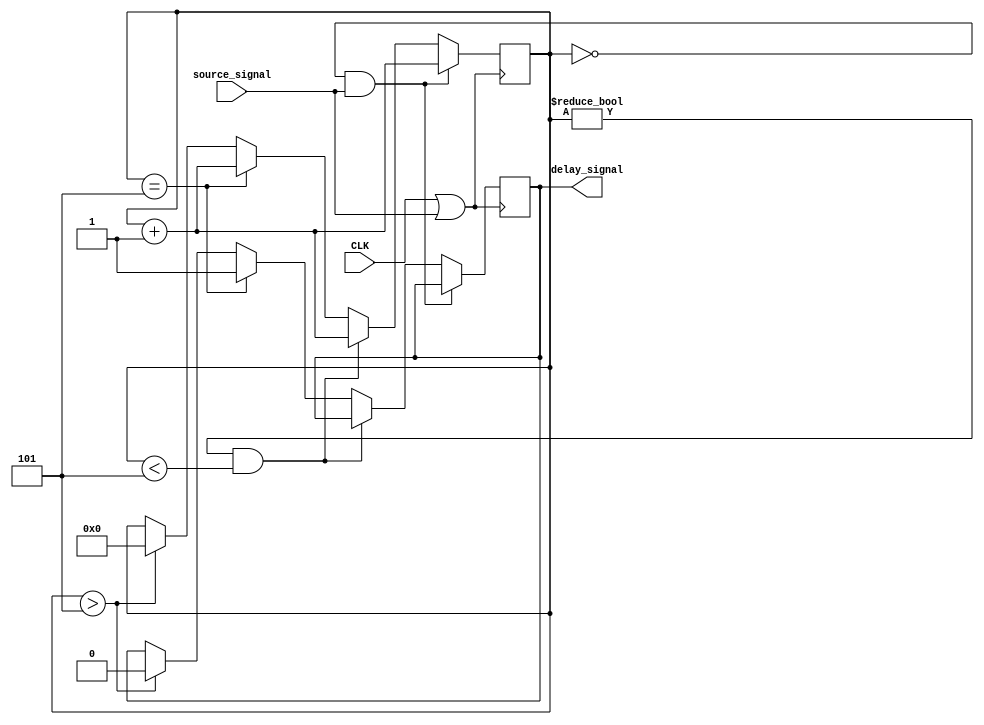
`timescale 1ns / 1ps

module delay #(
	parameter CLKS_DELAY = 5
)(
	input CLK,
	input source_signal,
	output reg delay_signal = 0
);
	reg [31:0] r_ticks = 0;
	wire sensitivity = CLK || source_signal;

	always @(posedge sensitivity)
	begin
		// Start delay ticker if source_signal received
		if (r_ticks == 0 && source_signal) begin
			r_ticks = r_ticks + 1;
		// Keep ticking until delay reached
		end else if (r_ticks != 0 && r_ticks < CLKS_DELAY) begin
			r_ticks = r_ticks + 1;
		// When delay reached, bring delay signal high
		end else if (r_ticks == CLKS_DELAY) begin
			r_ticks = r_ticks + 1;
			delay_signal = 1;
		// After one clock cycle, bring delay signal low and restart
		end else if (r_ticks > CLKS_DELAY) begin
			r_ticks = 0;
			delay_signal = 0;
		end
	end

endmodule